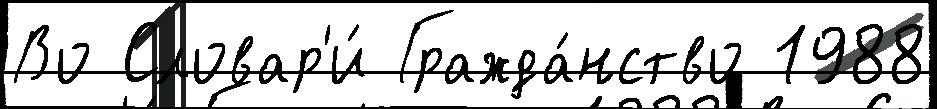
Во Словар'и́ Гражда́нство 1988